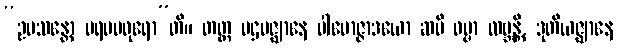
“ဥပသန္တော ပရမမဓုရော”တိ။ တတ္ထ ပဌမဇ္ဈာနေ ပါမောဇ္ဇာဒယော ဆပိ ဓမ္မာ လဗ္ဘန္တိ, ဒုတိယဇ္ဈာနေ